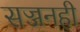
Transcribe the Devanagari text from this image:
सज्जनही